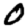
Digit: 0